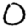
Digit: 0